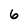
Character: 6